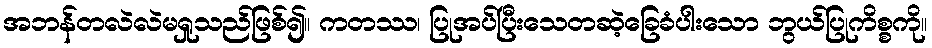
အဘန်တလဲလဲမရှုသည်ဖြစ်၍။ ကတဿ၊ ပြုအပ်ပြီးသေတဆဲ့ခြေခံပါးသော ဘွယ်ပြုကိစ္စကို။